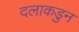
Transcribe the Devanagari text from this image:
दलाकडुन